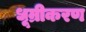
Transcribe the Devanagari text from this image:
धूम्रीकरण